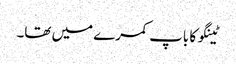
ٹینگو کا باپ کمرے میں تھا۔